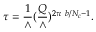
\tau = { \frac { 1 } { \wedge } } ( { \frac { Q } { \wedge } } ) ^ { 2 \pi \ b / N _ { c } - 1 } .